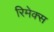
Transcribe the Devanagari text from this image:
रिमेक्स